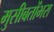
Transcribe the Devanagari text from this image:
मुसीबतोंभरा